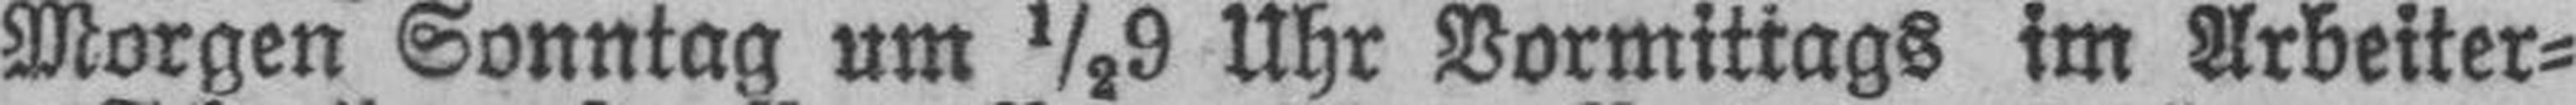
Morgen Sonntag um ½9 Uhr Vormittags im Arbeiter¬